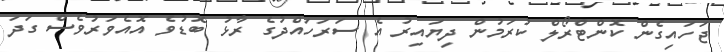
ޖަހައިގެން ކޮންޓްރޯލް ކުރަމުން ދިޔައިރު އެ ސަަރަހައްދުގެ ރާޅު ބޮޑުވެ އޮއެވަރުވެސް ގަދަ